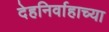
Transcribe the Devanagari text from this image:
देहनिर्वाहाच्या